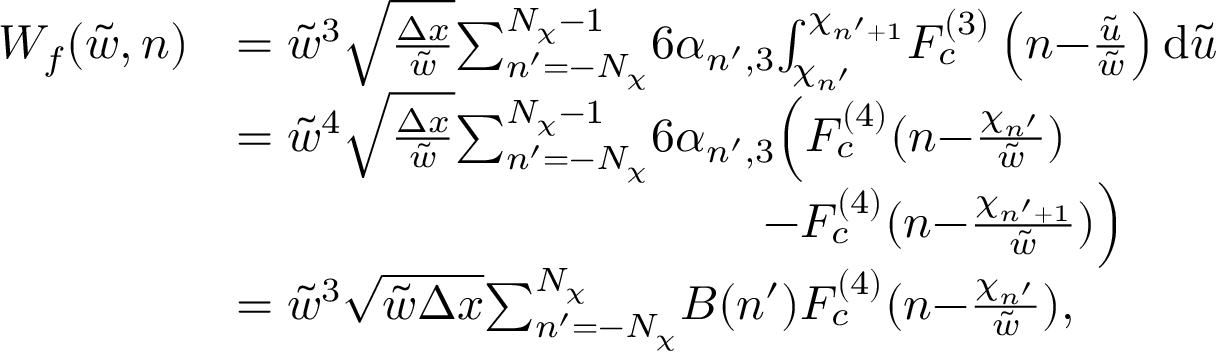
\begin{array} { r l } { W _ { f } ( \tilde { w } , n ) } & { = \tilde { w } ^ { 3 } \sqrt { \frac { \Delta x } { \tilde { w } } } { \sum _ { n ^ { \prime } = - N _ { \chi } } ^ { N _ { \chi } - 1 } } { 6 \alpha _ { n ^ { \prime } , 3 } } { \int _ { \chi _ { n ^ { \prime } } } ^ { \chi _ { n ^ { \prime } + 1 } } } F _ { c } ^ { ( 3 ) } \left( n { - } \frac { \tilde { u } } { \tilde { w } } \right) \mathrm { d } \tilde { u } } \\ & { = \tilde { w } ^ { 4 } \sqrt { \frac { \Delta x } { \tilde { w } } } { \sum _ { n ^ { \prime } = - N _ { \chi } } ^ { N _ { \chi } - 1 } } { 6 \alpha _ { n ^ { \prime } , 3 } } \Big ( F _ { c } ^ { ( 4 ) } ( n { - } \frac { \chi _ { n ^ { \prime } } } { \tilde { w } } ) } \\ & { \qquad \qquad \qquad \qquad \qquad \quad - F _ { c } ^ { ( 4 ) } ( n { - } \frac { \chi _ { n ^ { \prime } + 1 } } { \tilde { w } } ) \Big ) } \\ & { = \tilde { w } ^ { 3 } \sqrt { \tilde { w } \Delta x } { \sum _ { n ^ { \prime } = - N _ { \chi } } ^ { N _ { \chi } } } B ( n ^ { \prime } ) F _ { c } ^ { ( 4 ) } ( n { - } \frac { \chi _ { n ^ { \prime } } } { \tilde { w } } ) , } \end{array}